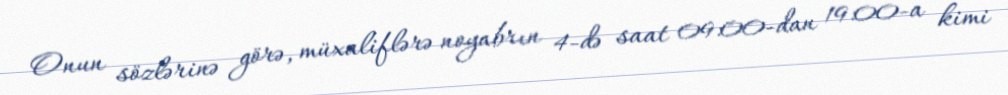
Onun sözlərinə görə, müxaliflərə noyabrın 4-də saat 09:00-dan 19:00-a kimi